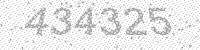
Solution: 434325